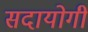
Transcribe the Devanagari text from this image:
सदायोगी